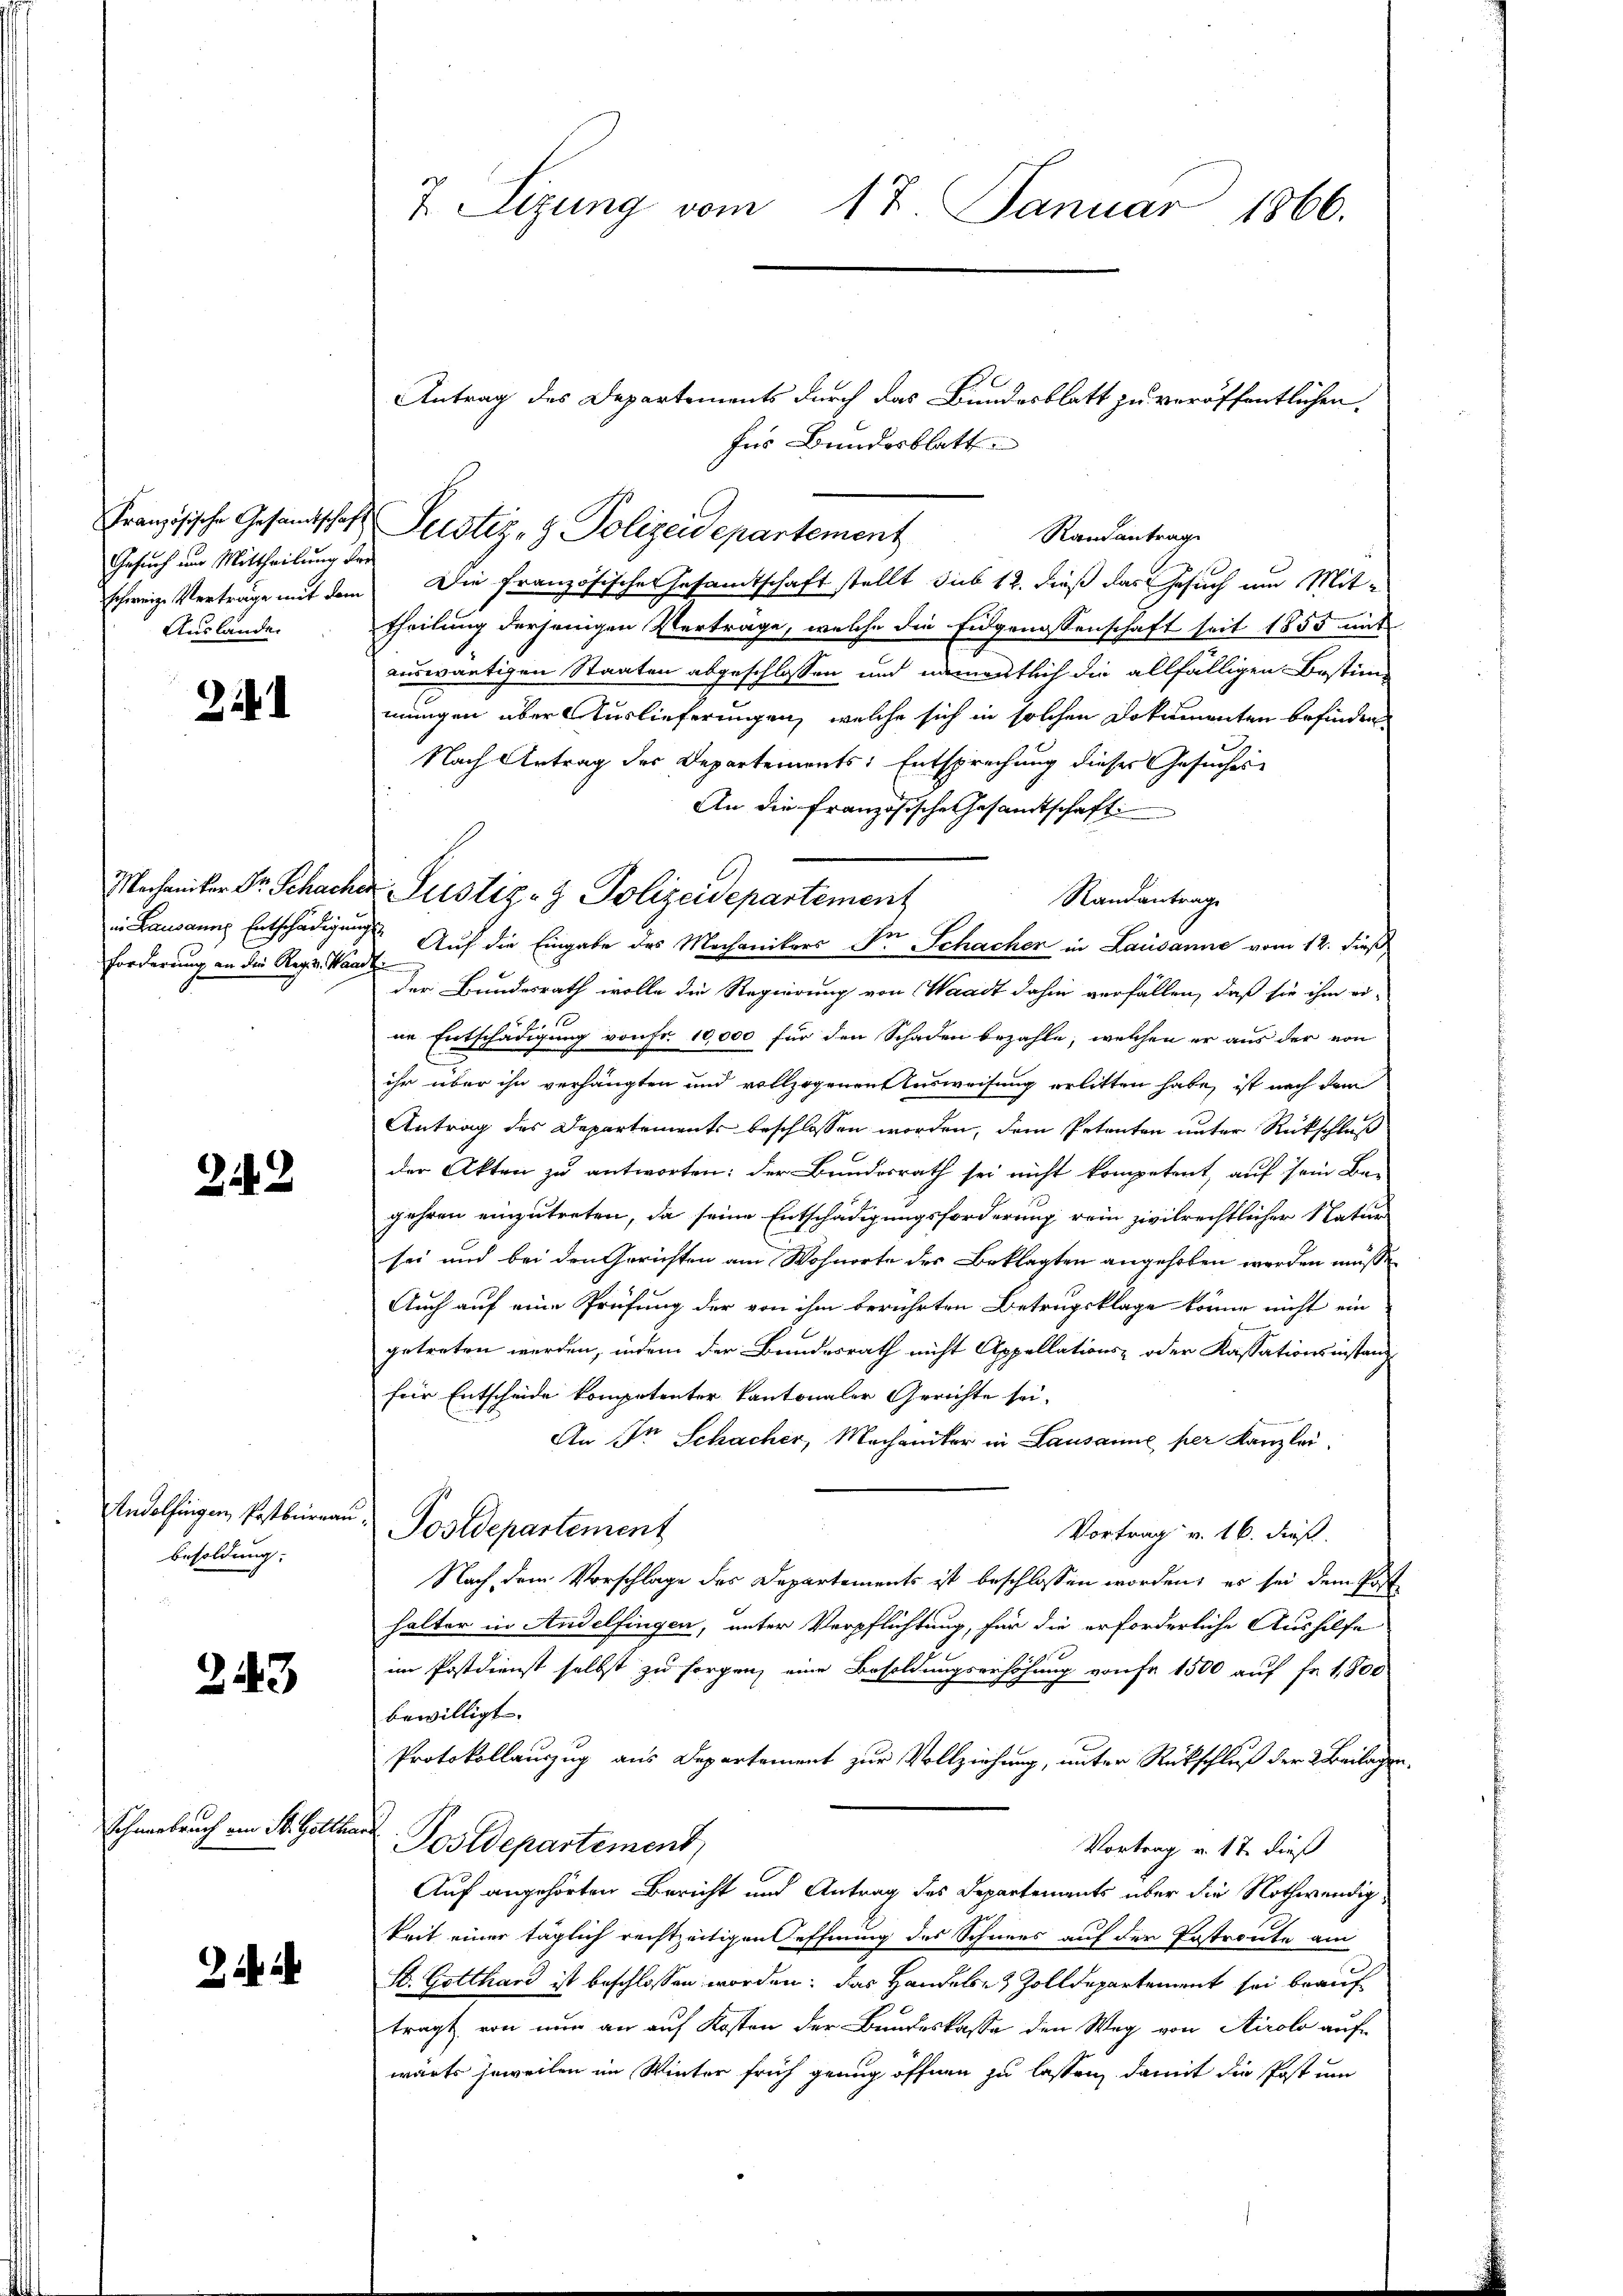
Französische Gesandtschaft
Gesuch nur Mittheilung der
schweiz. Vertrage mit dem
Auslanden

22.

Mechaniker Dr. Schacha
in Lausanne Entschädigung
Forderung an die Reg. v. Waar

242

Andelfingen, Postbüreau
Besoldung.

243

Schmerbruch am St. Gottha

7 Sizung vom 17. Januar 1866.

Antrag des Departements durch das Bundesblatt zu veröffentlichen
Ins Bundesblatt
Justiz- & Polizeidepartement
Randantrag
Die französische Gesandtschaft stellt sub 12. dieß das Gesuch um Mit-
theilung derjenigen Vertrage, welche die Eidgenossenschaft seit 1855 mit
auswärtigen Staaten abgeschlossen und namentlich die allfälligen Bestim-
mungen über Auslieferungen, welche sich in solchen Dokumenten befinden,
Nach Antrag des Departements: Entsprechung dieser Gesuches
An die französische Gesandtschaft
Justiz- & Polizeidepartement
Randantrage
 Auf die Eingabe des Mechanikers Dr Schacher in Lausanne vom 12. dieß
der Bundesrath wolle die Regierung von Waadt dahin verfällen, daß sie ihm ei-
ne Entschädigung von Fr. 10,000 für den Schaden bezahle, welchen er aus der von
ihr über ihn verhängten und vollzogenen Ausweisung erlitten habe, ist nach dem
Antrag des Departements beschlossen worden, dem Petenten unter Rückschluß
der Akten zu antworten: der Bundesrath sei nicht kompetent, auf sein Be-
gehren einzutreten, da seine Entschädigungsforderung rein zivilrechtlicher Natur
sei und bei den Gerichten am Wohnorte des Beklagten angehoben werden müsse
Auch auf eine Prüfung der von ihm berührten Betrugsklage könne nicht ein
getreten werden, indem der Bundesrath nicht Appellations- oder Kassationsinstanz
für Entscheide kompotenter kantonaler Gerichte sei.
An Dr Schacher, Mechaniker in Lausanne per Kanzlei.
Postdepartement
Vortrag v. 16. dieß.
Nach dem Vorschlage des Departements ist beschlossen worden, es sei dem Posthalter in Andelfingen, unter Verpflichtung, für die erforderliche Aushilfe
im Postdienst selbst zu sorgen, eine Besoldungserhöhung von Fr. 1500 auf fr. 1,800
bewilligt. |
Protokollauszug aus Departement zur Vollziehung, unter Rückschluß der 2. Beilagen
Postdepartement,
Vortrag v. 17. dieß
Auf angehörten Bericht und Antrag des Departements über die Nothwendigkeit einer täglich rechtzeitigen Oeffnung des Schnees auf der Postroute am
St. Gotthard ist beschlossen worden; das Handels- & Zolldepartement sei beauf
tragt von nun an auf Kosten der Bundeskasse den Weg von Airolo auf
wärts jeweilen im Winter früh genug öffnen zu lassen, damit die Post um